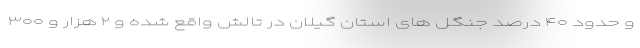
و حدود ۴۰ درصد جنگل های استان گیلان در تالش واقع شده و ۲ هزار و ۳۰۰